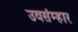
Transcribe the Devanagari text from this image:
उवसंम्हार